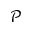
\mathcal { P }